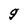
Character: g